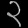
Digit: ၃